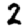
Digit: 2